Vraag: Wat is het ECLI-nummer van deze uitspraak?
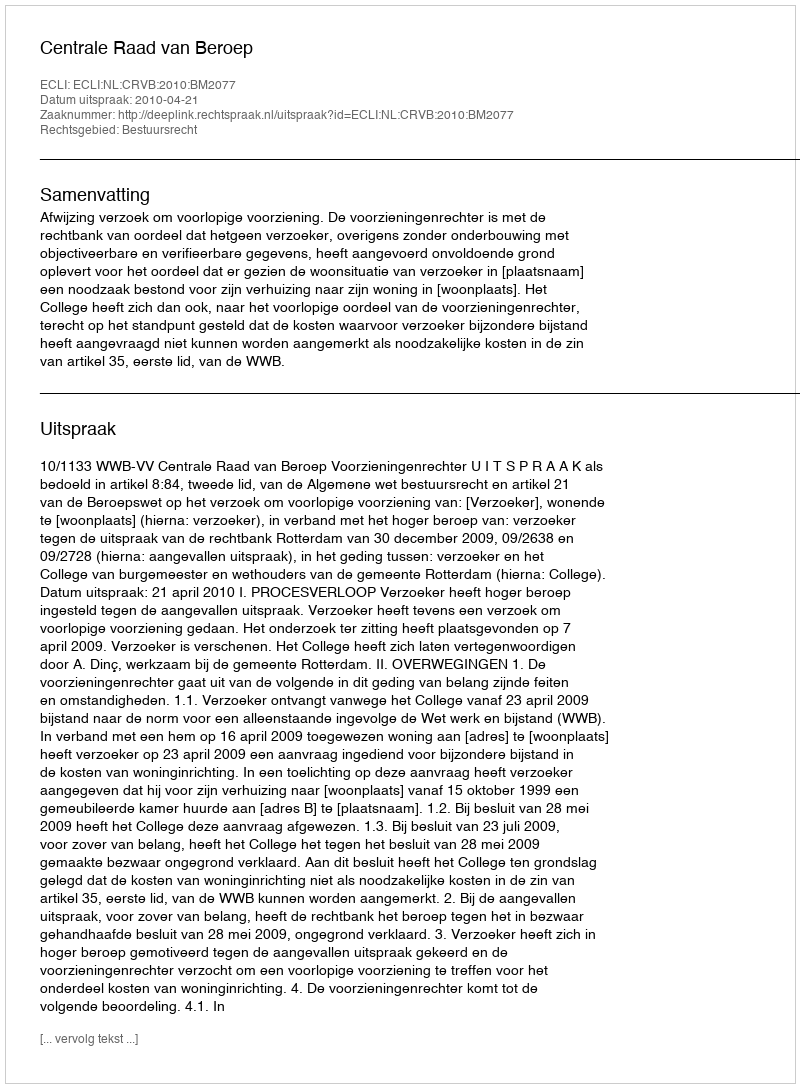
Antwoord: ECLI:NL:CRVB:2010:BM2077